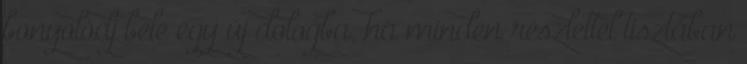
bonyolódj bele egy új dologba, ha minden részlettel tisztában